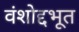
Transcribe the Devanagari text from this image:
वंशोद्दभूत